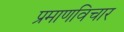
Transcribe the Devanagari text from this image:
प्रमाणविचार